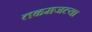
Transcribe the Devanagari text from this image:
तळमजल्या